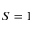
S = 1